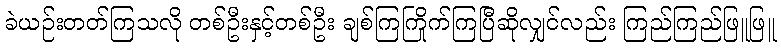
ခဲယဉ်းတတ်ကြသလို တစ်ဦးနှင့်တစ်ဦး ချစ်ကြကြိုက်ကြပြီဆိုလျှင်လည်း ကြည်ကြည်ဖြူဖြူ